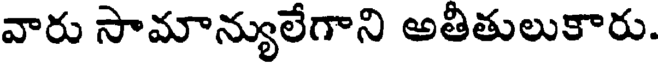
వారు సామాన్యులేగాని అతీతులుకారు.